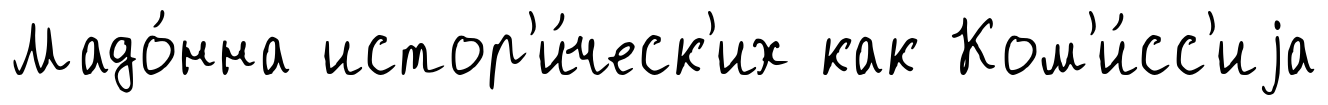
Мадо́нна истор'и́ческ'их как Ком'и́сс'иjа